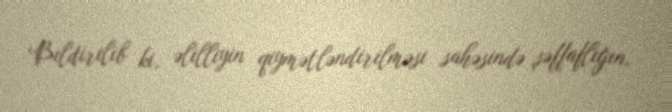
Bildirilib ki, əlilliyin qiymətləndirilməsi sahəsində şəffaflığın,